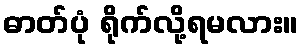
ဓာတ်ပုံ ရိုက်လို့ရမလား။